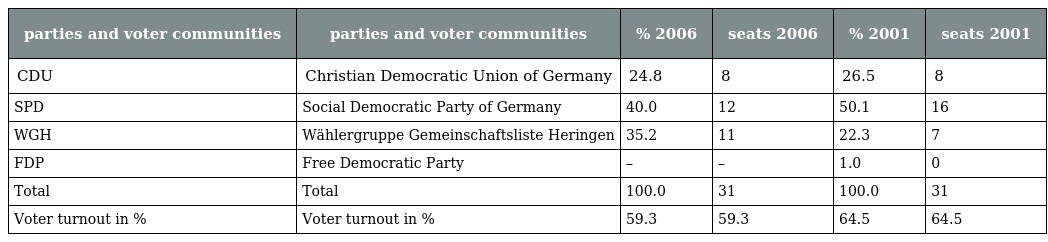
| parties and voter communities | parties and voter communities | % 2006 | seats 2006 | % 2001 | seats 2001 |
 | --- | --- | --- | --- | --- | --- |
 | CDU | Christian Democratic Union of Germany | 24.8 | 8 | 26.5 | 8 |
 | SPD | Social Democratic Party of Germany | 40.0 | 12 | 50.1 | 16 |
 | WGH | Wählergruppe Gemeinschaftsliste Heringen | 35.2 | 11 | 22.3 | 7 |
 | FDP | Free Democratic Party | – | – | 1.0 | 0 |
 | Total | Total | 100.0 | 31 | 100.0 | 31 |
 | Voter turnout in % | Voter turnout in % | 59.3 | 59.3 | 64.5 | 64.5 |